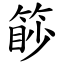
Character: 篎